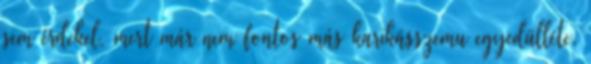
sem érdekel, mert már nem fontos más karikásszemu egyedülléte.